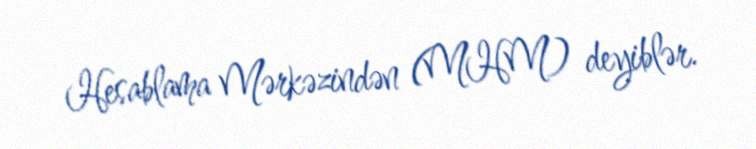
Hesablama Mərkəzindən (MHM) deyiblər.